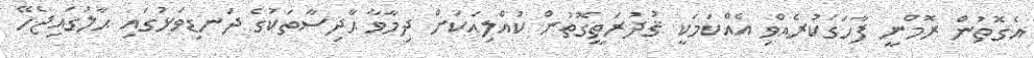
އެގޮތުން ރޮމްނީ ފާހަގަކުރެއްވި އެއްކަމަކީ ޤުދުރަތީގޮތުން ކުއްލިއަކަށް ދިމާވާ ޙާދިސާތަކުގެ ދަނޑިވަޅުގައި ޙާލުގައިޖެހޭ